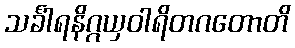
သင်္ခါရနိဂ္ဂယှဝါရိတဂတောတိ